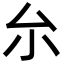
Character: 厼